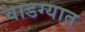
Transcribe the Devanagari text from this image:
वाडग्यात